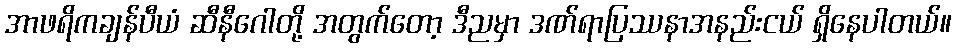
အာဖရိကချန်ပီယံ ဆီနီဂေါတို့ အတွက်တော့ ဒီညမှာ ဒဏ်ရာပြဿနာအနည်းငယ် ရှိနေပါတယ်။